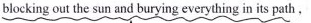
blockingout the sun and burying everything in its path，